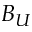
B _ { U }